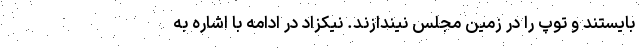
بایستند و توپ را در زمین مجلس نیندازند. نیکزاد در ادامه با اشاره به